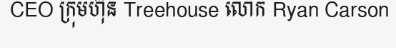
CEO ក្រុមហ៊ុន Treehouse លោក Ryan Carson